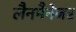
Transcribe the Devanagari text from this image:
लैनमैनेजर